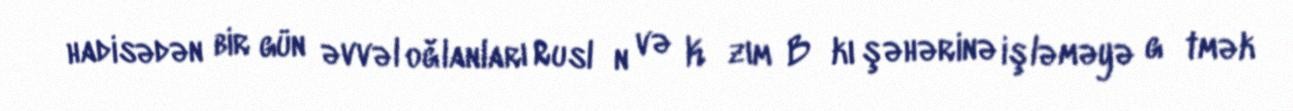
hadisədən bir gün əvvəl oğlanları Ruslаn və Kаzım Bаkı şəhərinə işləməyə gеtmək